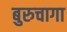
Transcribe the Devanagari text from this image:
बुरुचागा